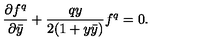
{ \frac { \partial f ^ { q } } { \partial \bar { y } } } + { \frac { q y } { 2 ( 1 + y \bar { y } ) } } f ^ { q } = 0 .